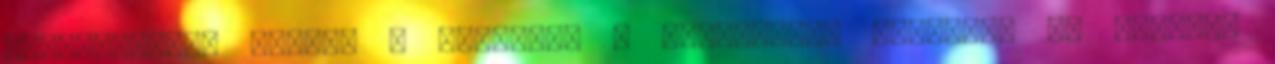
gyermekeként jöttél a sötétbe, s Világosság gyermeke is maradsz